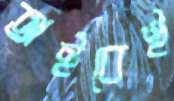
অইবেই